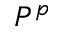
P ^ { p }